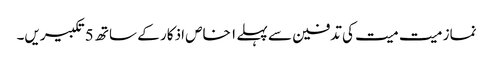
نماز میت میت کی تدفین سے پہلے ۱ خاص اذکار کے ساتھ 5 تکبیریں۔